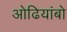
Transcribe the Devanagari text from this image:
ओढियांबो